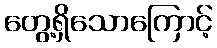
တွေ့ရှိသောကြောင့်